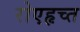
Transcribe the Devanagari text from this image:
रोएहृच्त